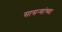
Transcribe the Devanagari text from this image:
सासर्‍यांच्या